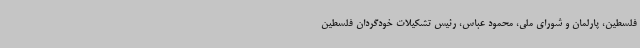
فلسطین، پارلمان و شورای ملی، محمود عباس، رئیس تشکیلات خودگردان فلسطین